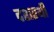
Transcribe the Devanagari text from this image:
दशरथी